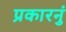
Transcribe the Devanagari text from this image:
प्रकारनुं